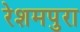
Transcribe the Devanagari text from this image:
रेशमपुरा